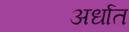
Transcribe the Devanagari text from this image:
अर्धात